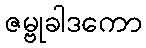
ဇမ္ဗုခါဒကော